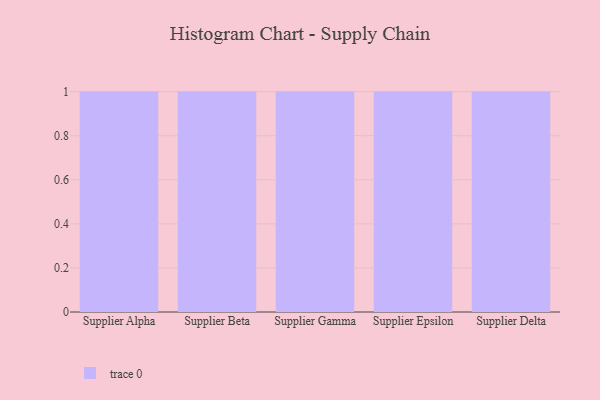
{"axis": {"x": "Supplier", "y": "Operating Costs (USD K)"}, "legend": [""], "data": [{"x": "Supplier Alpha", "y": 53, "type": ""}, {"x": "Supplier Beta", "y": 28, "type": ""}, {"x": "Supplier Gamma", "y": 43, "type": ""}, {"x": "Supplier Epsilon", "y": 57, "type": ""}, {"x": "Supplier Delta", "y": 24, "type": ""}]}